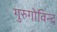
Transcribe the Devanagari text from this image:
गुरुगोविन्द